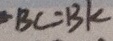
B C = B K